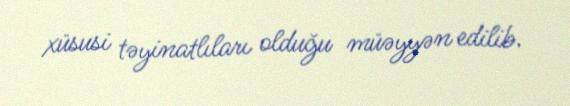
xüsusi təyinatlıları olduğu müəyyən edilib.